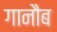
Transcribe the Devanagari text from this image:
गानौब